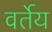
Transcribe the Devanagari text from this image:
वर्तेय